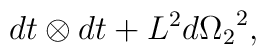
dt \otimes dt + {L^2}{d{\Omega_2}}^2,